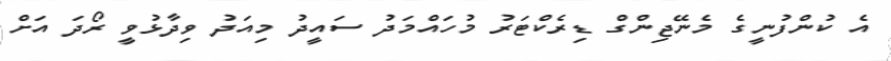
އެ ކުންފުނީގެ މެނޭޖިންގް ޑިރެކްޓަރު މުހައްމަދު ސައީދު މިއަދު ވިދާޅުވީ ރޯދަ އަށް